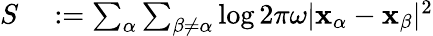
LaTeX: \begin{array}{rl}{S}&{{}:=\sum_{\alpha}\sum_{\beta\neq\alpha}\log 2\pi\omega|\mathbf x_{\alpha}-\mathbf x_{\beta}|^{2}}\end{array}